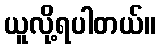
ယူလို့ရပါတယ်။